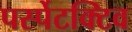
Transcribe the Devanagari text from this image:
पर्स्पेटक्टिव